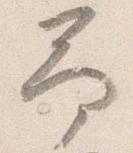
予